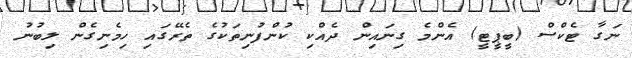
ނަގާ ޓެކްސް (ބީޕީޓީ) އެންމެ ގިނައިން ދެއްކި ކުންފުނިތަކުގެ ތެރޭގައި ހިމެނިގެން ލިބުނު